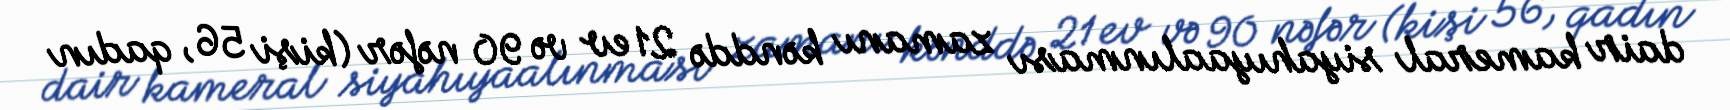
dair kameral siyahıyaalınması zamanı kənddə 21 ev və 90 nəfər (kişi 56, qadın